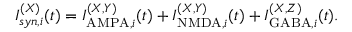
I _ { s y n , i } ^ { ( X ) } ( t ) = I _ { \mathrm { A M P A } , i } ^ { ( X , Y ) } ( t ) + I _ { \mathrm { N M D A } , i } ^ { ( X , Y ) } ( t ) + I _ { \mathrm { G A B A } , i } ^ { ( X , Z ) } ( t ) .